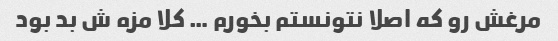
مرغش رو که اصلا نتونستم بخورم … کلا مزه ش بد بود